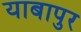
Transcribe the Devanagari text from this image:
याबापुर